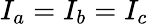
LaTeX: I_{a}=I_{b}=I_{c}